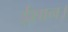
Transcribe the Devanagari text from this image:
ईशान।